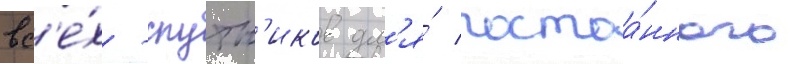
вс'е́х -спутн'иков дл'я́ постоа́нного